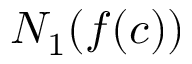
N _ { 1 } ( f ( c ) )